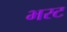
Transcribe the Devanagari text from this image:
भरट